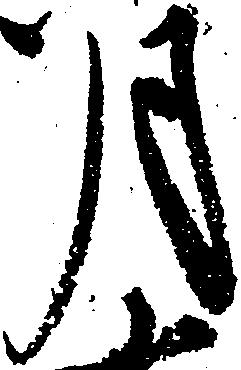
月